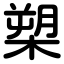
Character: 槊